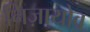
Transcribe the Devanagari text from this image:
निज़ायोव